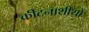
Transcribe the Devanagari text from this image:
कीटनाशीयों